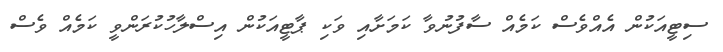
ސިޓީއަކުން އެއްވެސް ކަމެއް ސާފުނުވާ ކަމަށާއި ވަކި ޕާޓީއަކުން އިސްލާހުކުރަންވީ ކަމެއް ވެސް